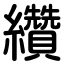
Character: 纘